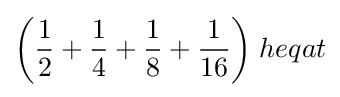
{\bigg (}{\frac {1}{2}}+{\frac {1}{4}}+{\frac {1}{8}}+{\frac {1}{16}}{\bigg )}\;heqat